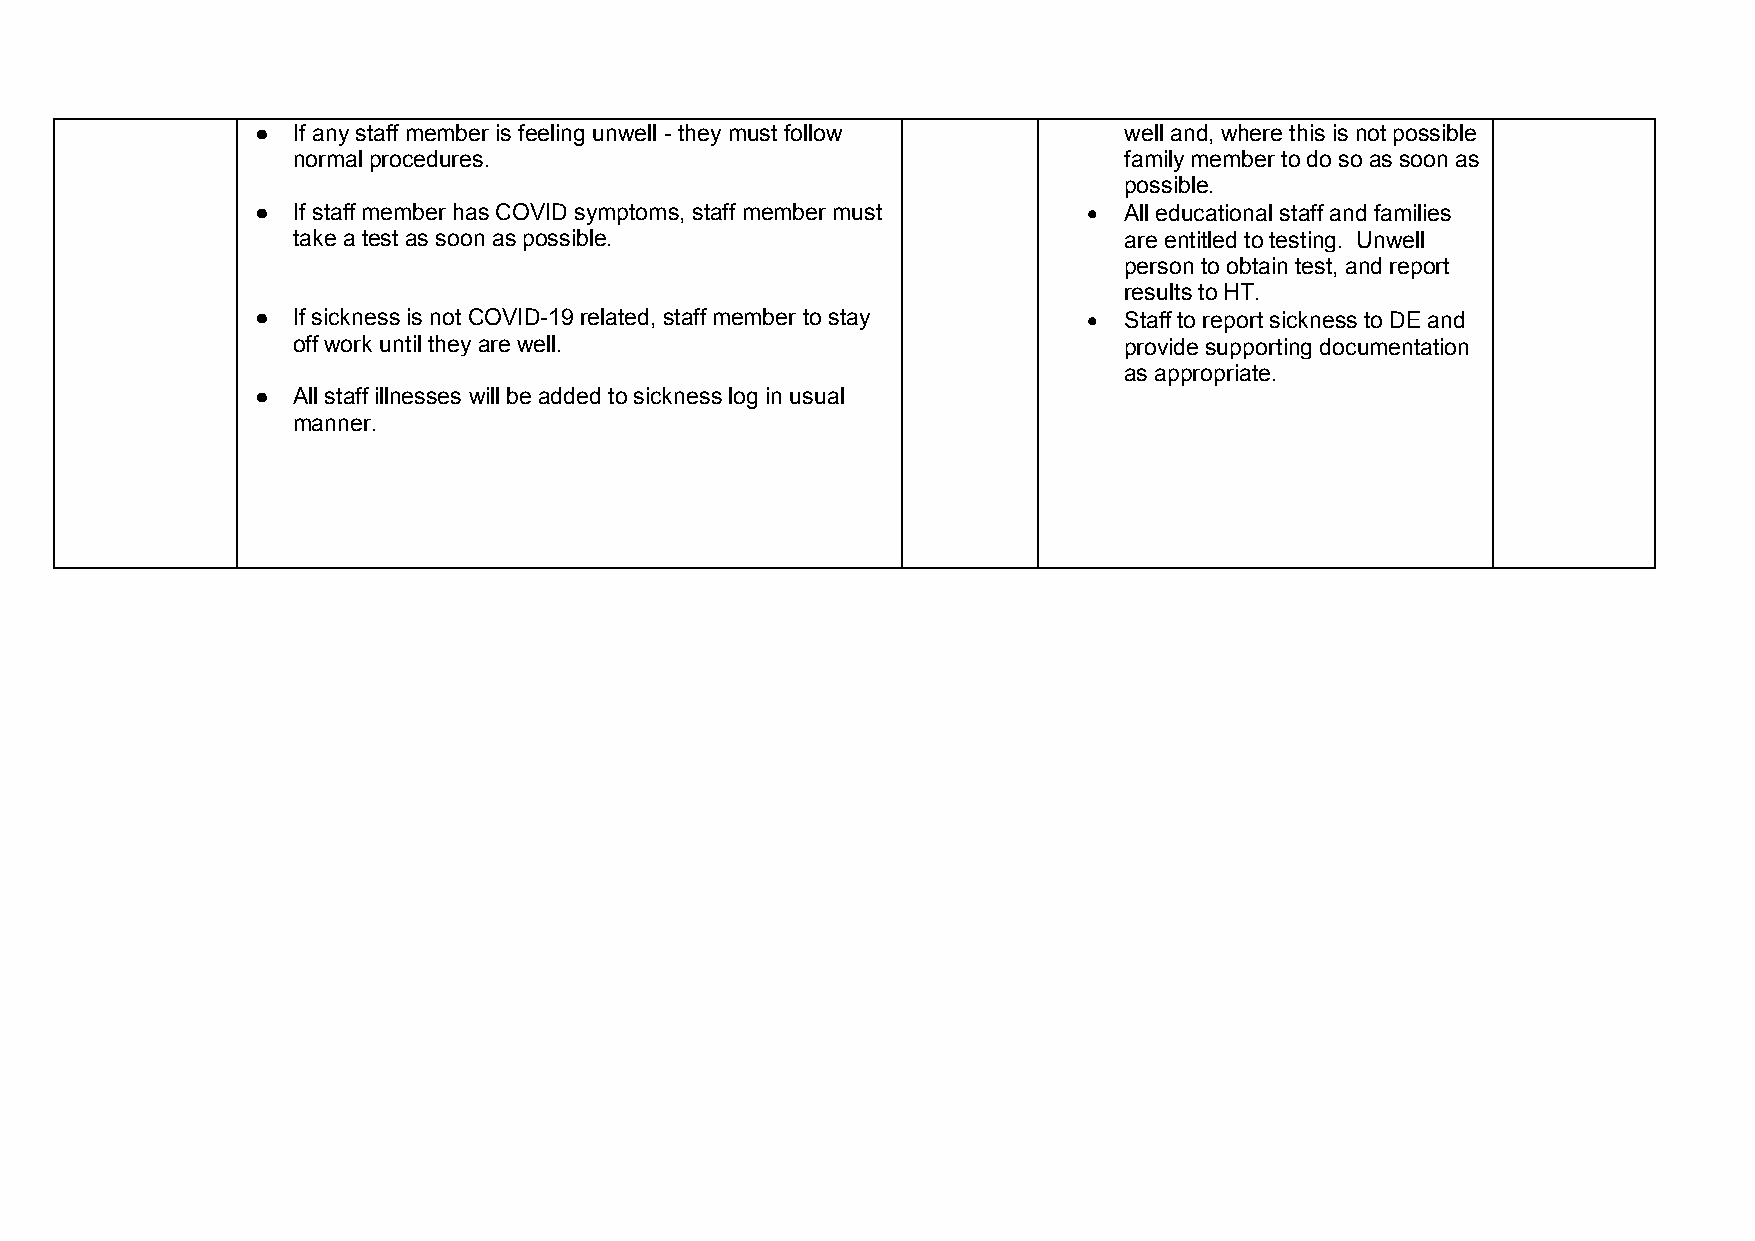
● If any staff member is feeling unwell - they must follow well and, where this is not possible
 normal procedures.                                     family member to do so as soon as
 possible.
 ● If staff member has COVID symptoms, staff member must  All educational staff and families
 take a test as soon as possible.                       are entitled to testing. Unwell
 person to obtain test, and report
 results to HT.
 ● If sickness is not COVID-19 related, staff member to stay  Staff to report sickness to DE and
 off work until they are well.                          provide supporting documentation
 as appropriate.
 ● All staff illnesses will be added to sickness log in usual
 manner.